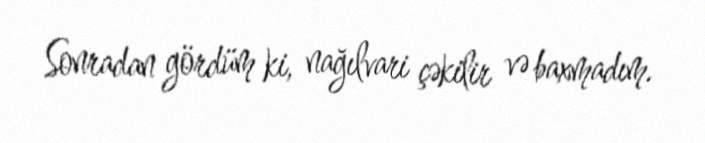
Sonradan gördüm ki, nağılvari çəkilir və baxmadım.